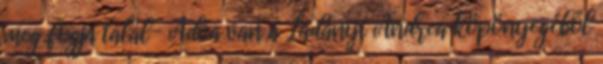
meg fogja talál- Adva van a Ladányi Andrea köpönyegéből